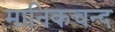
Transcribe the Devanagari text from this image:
मानिकचन्द